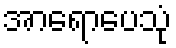
အာရောပေသုံ